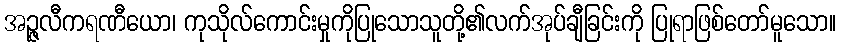
အဉ္ဇလီကရဏီယော၊ ကုသိုလ်ကောင်းမှုကိုပြုသောသူတို့၏လက်အုပ်ချီခြင်းကို ပြုရာဖြစ်တော်မူသော။